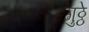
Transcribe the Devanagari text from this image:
गुठ्ठे